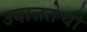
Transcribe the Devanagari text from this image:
उदात्ततेची